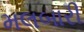
મલબારી